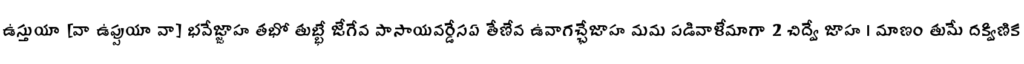
ఉస్తుయా [వా ఉప్పుయా వా] భవేజ్జాహ తభో తుబ్భే జేగేవ పాసాయవర్డేసఏ తేణేవ ఉవాగచ్ఛేజాహ మమ పడివాళేమాగా 2 చిద్వే జాహ । మాణం తుమే దక్విణిక